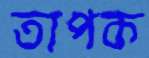
তাপক